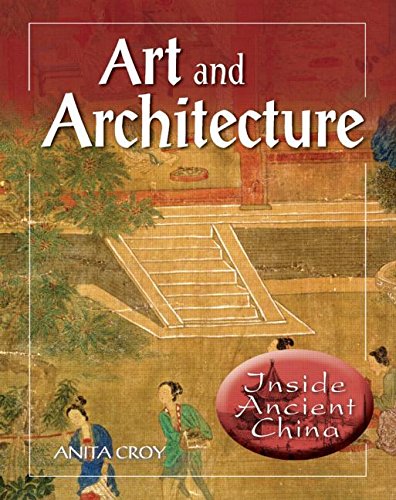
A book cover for Art and Architecture (Inside Ancient China); Anne Margaret Wright; Teen & Young Adult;